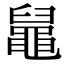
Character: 𪓢